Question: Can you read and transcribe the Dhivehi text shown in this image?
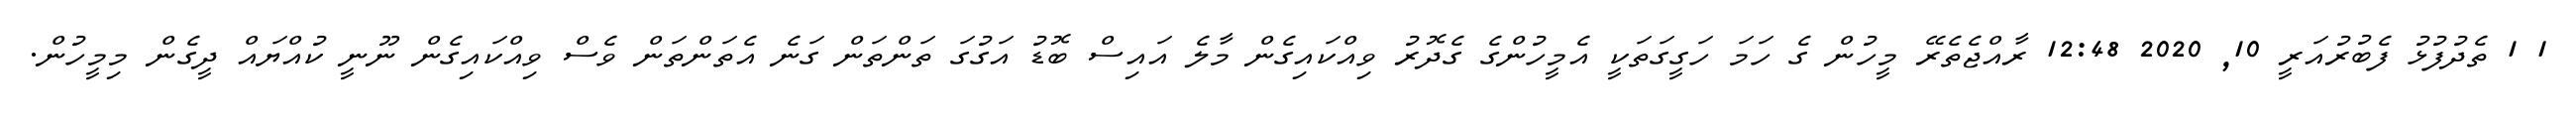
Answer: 1 1 ތެދުފުޅު ފެބުރުއަރީ 10, 2020 12:48 ރާއްޖެތެރޭ މީހުން ގެ ހަމަ ހަގީގަތަކީ އެމީހުންގެ ގެދޮރު ވިއްކައިގެން މާލެ އައިސް ބޮޑު އަގުގަ ތަންތަން ގަނެ އެތަންތަން ވެސް ވިއްކައިގެން ނޫނީ ކުއްޔައް ދީގެން މިމީހުން.